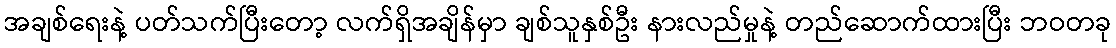
အချစ်ရေးနဲ့ ပတ်သက်ပြီးတော့ လက်ရှိအချိန်မှာ ချစ်သူနှစ်ဦး နားလည်မှုနဲ့ တည်ဆောက်ထားပြီး ဘဝတခု